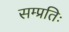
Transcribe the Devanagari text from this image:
सम्प्रतिः